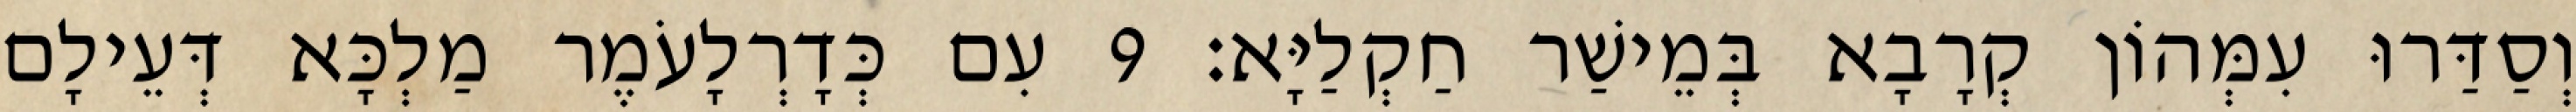
וְסַדַּרוּ עִמְּהוֹן קְרָבָא בְּמֵישַׁר חַקְלַיָּא׃ 9 עִם כְּדָרְלָעֹמֶר מַלְכָּא דְּעֵילָם